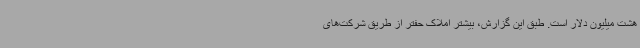
هشت میلیون دلار است. طبق این گزارش، بیشتر املاک حفتر از طریق شرکت‌های